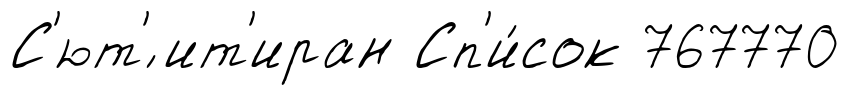
С'ют'́ ит'иран Сп'и́сок 767770